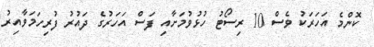
ކޮންމެ އަހަރަކު ވެސް 10 ރިސޯޓު ހުޅުވުމަށާއި ފަސް އަހަރުގެ ދައުރު ފުރިހަމަވާއިރު